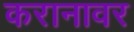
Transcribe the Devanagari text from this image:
करानावर